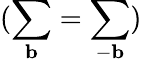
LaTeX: (\sum_{\mathbf{b}}=\sum_{-\mathbf{b}})